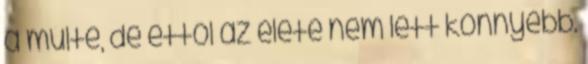
a múlté, de ettől az élete nem lett könnyebb.